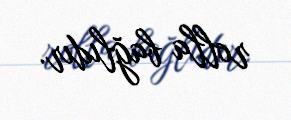
rolla bağlıdır.